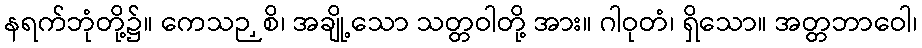
နရက်ဘုံတို့၌။ ကေသဉှစိ၊ အချို့သော သတ္တဝါတို့ အား။ ဂါဝုတံ၊ ရှိသော။ အတ္တဘာဝေါ၊